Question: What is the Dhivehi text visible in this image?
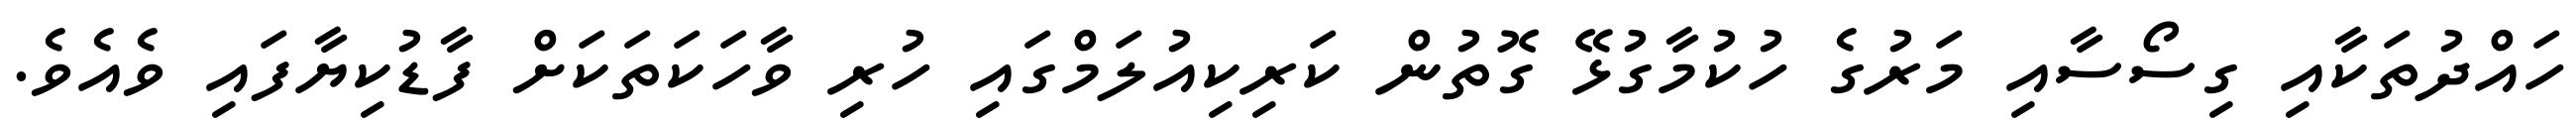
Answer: ހައްދުތަކާއި ގިސޯސާއި މަރުގެ ހުކުމާގުޅޭ ގޮތުން ކަރިކިއުލަމްގައި ހުރި ވާހަކަތަކަށް ފާޑުކިޔާފައި ވެއެވެ.